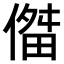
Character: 𫣔